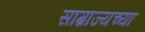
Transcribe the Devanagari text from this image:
साम्राज्यच्या